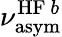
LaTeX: \nu_{\mathrm{asym}}^{\mathrm{HF}~b}